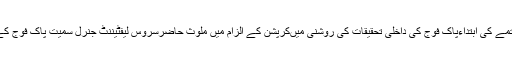
بہر کیف ، اطلاعات کے مطابق مُلک سے کرپشن کے خاتمے کی ابتداءپاک فوج کی داخلی تحقیقات کی روشنی میںکرپشن کے الزام میں ملوث حاضرسروس لیفٹیننٹ جنرل سمیت پاک فوج کے 11اعلیٰ افسران کی فوری برطرفی سے کردی گئی ہے۔